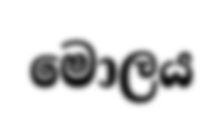
මොලය